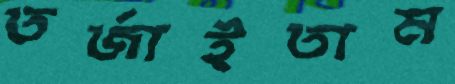
তর্জাইতাম